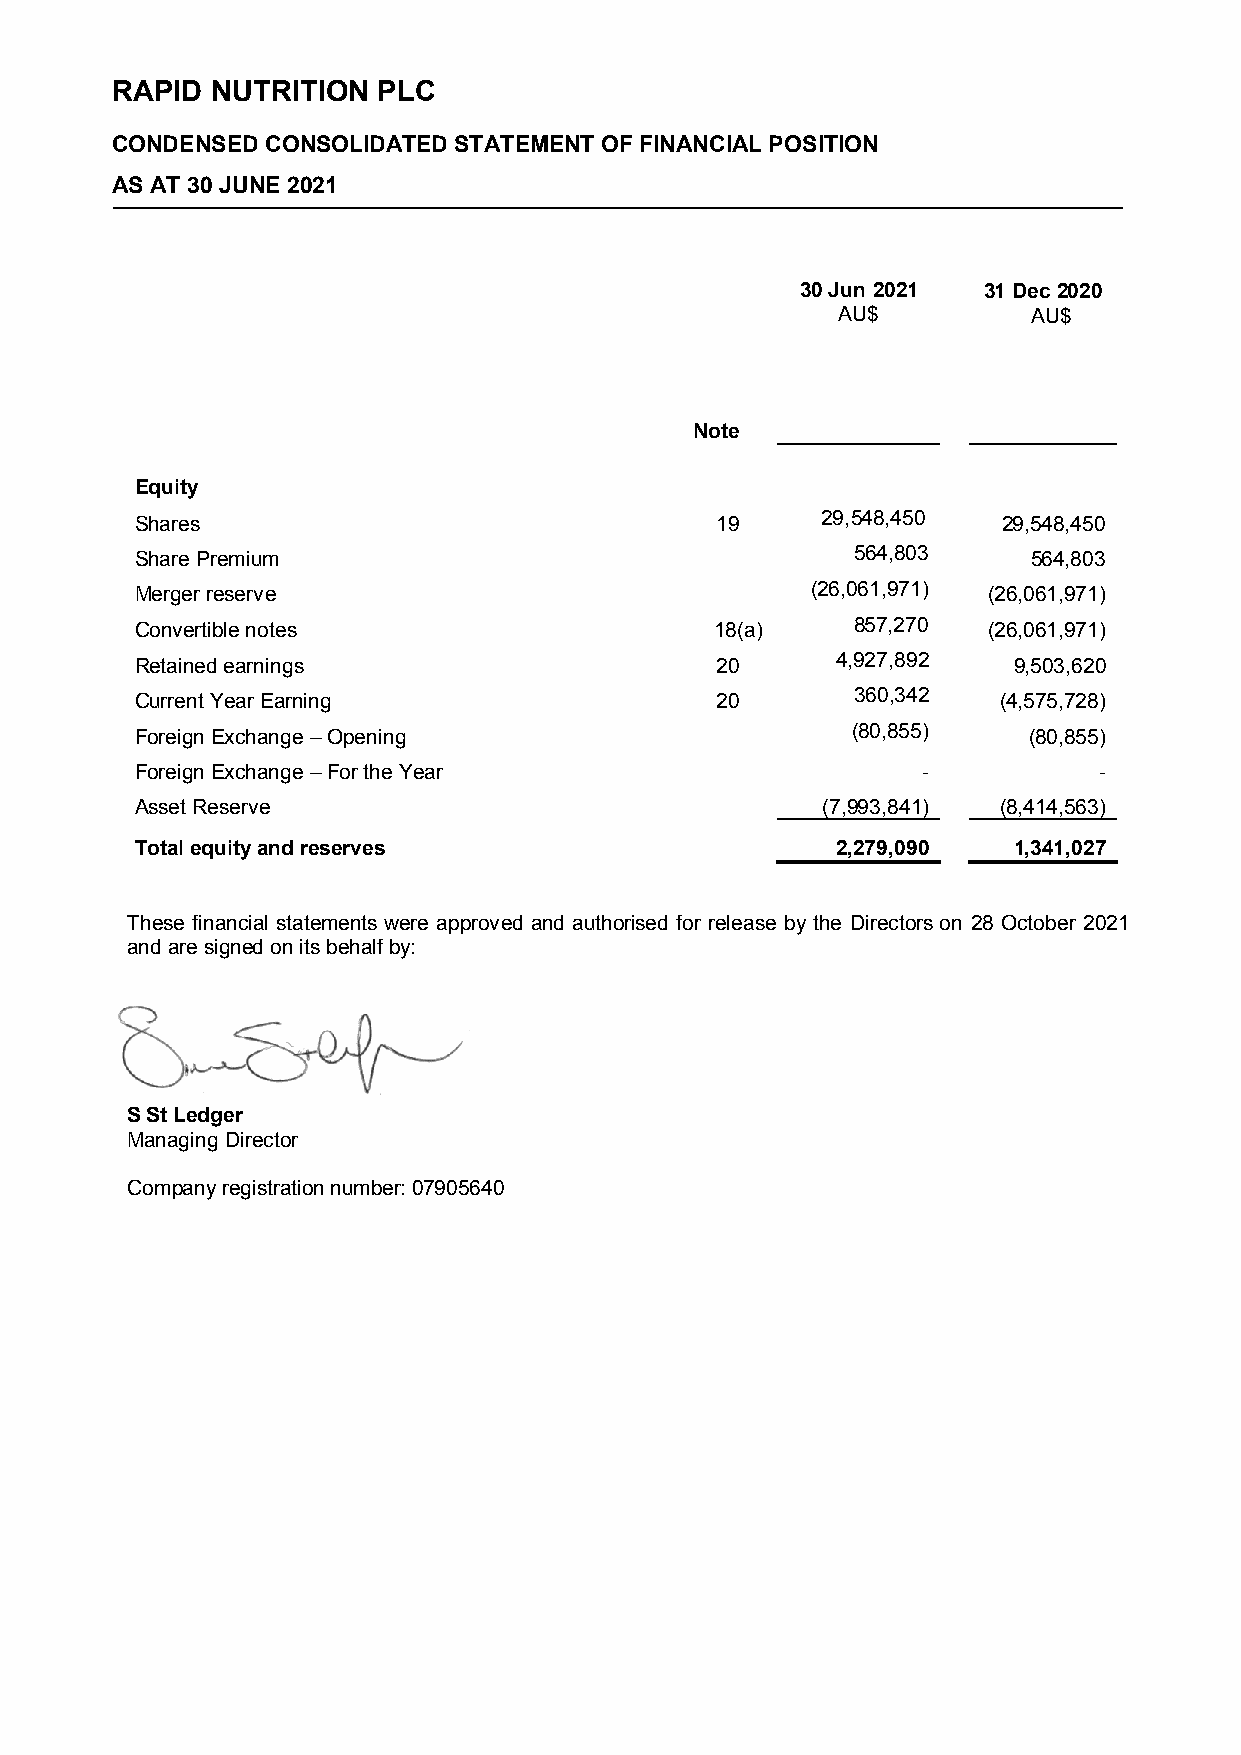
RAPID  NUTRITION  PLC
 CONDENSED  CONSOLIDATED STATEMENT OF FINANCIAL POSITION
 AS AT 30 JUNE 2021
 30 Jun 2021 31 Dec 2020
 AU$          AU$
 Note
 Equity
 Shares                                19     29 ,548,450 29,548,450
 Share Premium                                  564,803     564,803
 Merger reserve                               (26 ,061,971) (26,061,971)
 Convertible notes                     18(a)    857,270  (26,061,971)
 Retained earnings                     20      4 ,927,892  9,503,620
 Current Year Earning                  20       360,342   (4,575,728)
 Foreign Exchange – Opening                     (80,855)    (80,855)
 Foreign Exchange – For the Year                     -           -
 Asset Reserve                                (7 ,993,841) (8,414,563)
 Total equity and reserves                     2,279,090   1,341,027
 These financial statements were approved and authorised for release by the Directors on 28 October 2021
 and are signed on its behalf by:
 S St Ledger
 Managing Director
 Company registration number: 07905640